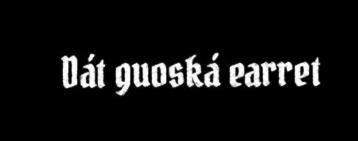
Dát guoská earret